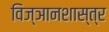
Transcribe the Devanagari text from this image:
विज्ञानशास्त्र